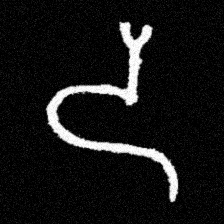
Pyu character \u2014 Myanmar letter: ဒ (romanized: da)